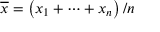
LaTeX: { \overline { { x } } } = \left( x _ { 1 } + \cdots + x _ { n } \right) / n